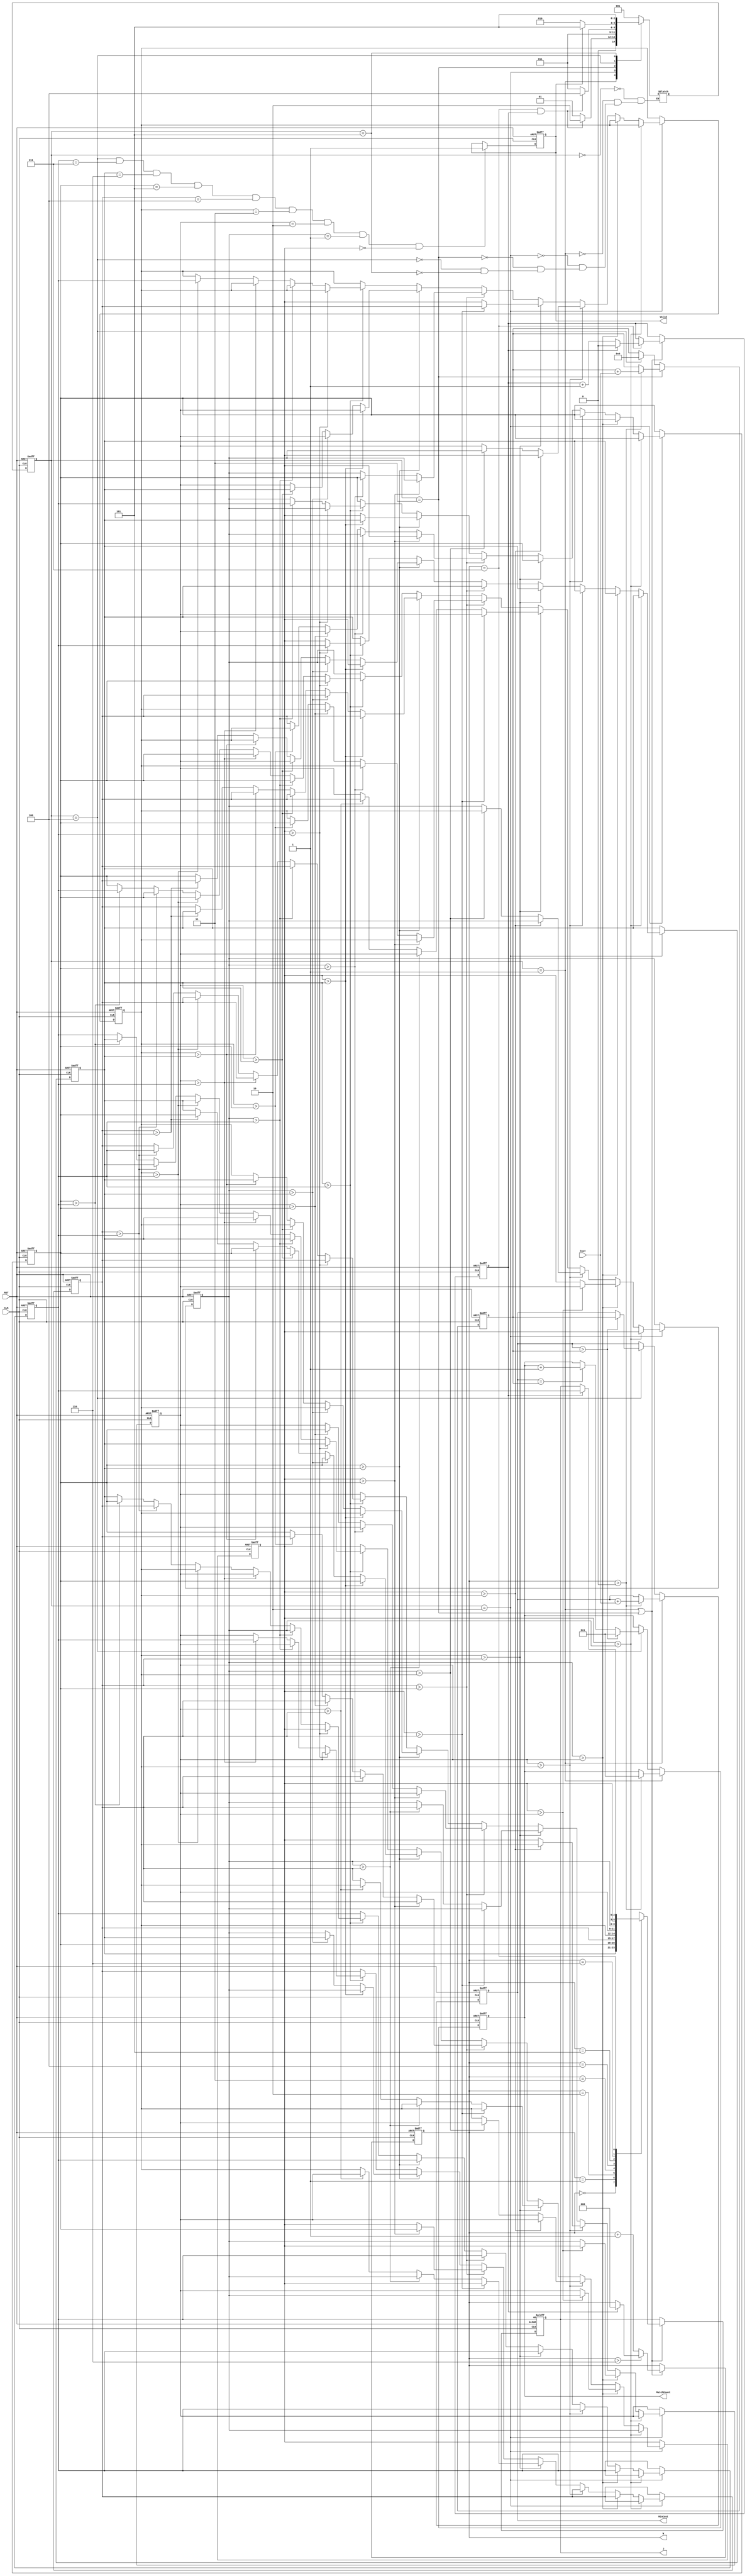
module JAM (CLK, RST, W, J, Cost, MatchCount, MinCost, Valid);
input CLK;
input RST;
input [6:0] Cost;
output reg [2:0] W; //row
output reg [2:0] J; //column
output reg [3:0] MatchCount;
output reg [9:0] MinCost;
output reg Valid;
//====================================================================
reg[2:0] state, next_state;
parameter[2:0] IDLE = 3'b000, PASS_ADDRESS_1 = 3'b001, TRANSFORM = 3'b010, PASS_ADDRESS_2 = 3'b011, COMPARE = 3'b100, DONE = 3'b101;
reg[2:0] J_0, J_1, J_2, J_3, J_4, J_5, J_6, J_7;
reg[9:0] MinCost_1;
reg counter;
//====================================================================
//                   state                   //
always @(*)
begin
    case(state)
        IDLE :
            next_state = PASS_ADDRESS_1;

        PASS_ADDRESS_1 :
        begin
            if(W == 3'd7 && counter == 1'b1)
                next_state = TRANSFORM;
            else
                next_state = PASS_ADDRESS_1;
        end

        TRANSFORM :
            next_state = PASS_ADDRESS_2;

        PASS_ADDRESS_2 :
        begin
            if(W == 3'd7 && counter == 1'b1)
                next_state = COMPARE;
            else
                next_state = PASS_ADDRESS_2;
        end

        COMPARE :
        begin
            if(Valid)
                next_state = DONE;
            else
                next_state = TRANSFORM;
        end

        DONE :
            next_state = DONE;
    endcase
end

//           TRANSFORM           //
always @(posedge CLK or posedge RST)
begin
    if(RST)
    begin
        J_0 <= 3'd0;
        J_1 <= 3'd1;
        J_2 <= 3'd2;
        J_3 <= 3'd3;
        J_4 <= 3'd4;
        J_5 <= 3'd5;
        J_6 <= 3'd6;
        J_7 <= 3'd7;
    end
    else if(state == TRANSFORM)
    begin
        if(J_7 > J_6)
        begin
            J_7 <= J_6;
            J_6 <= J_7;
        end
        else if(J_6 > J_5)
        begin
            if(J_7 > J_5)
            begin
                J_5 <= J_7;
                J_6 <= J_5;
                J_7 <= J_6;
            end
            else
            begin
                J_5 <= J_6;
                J_6 <= J_7;
                J_7 <= J_5;
            end
        end
        else if(J_5 > J_4)
        begin
            if(J_7 > J_4)
            begin
                J_4 <= J_7;
                J_5 <= J_4;
                J_6 <= J_6;
                J_7 <= J_5;
            end
            else if(J_6 > J_4)
            begin
                J_4 <= J_6;
                J_5 <= J_7;
                J_6 <= J_4;
                J_7 <= J_5;
            end
            else
            begin
                J_4 <= J_5;
                J_5 <= J_7;
                J_6 <= J_6;
                J_7 <= J_4;
            end
        end
        else if(J_4 > J_3)
        begin
            if(J_7 > J_3)
            begin
                J_3 <= J_7;
                J_4 <= J_3;
                J_5 <= J_6;
                J_6 <= J_5;
                J_7 <= J_4;
            end
            else if(J_6 > J_3)
            begin
                J_3 <= J_6;
                J_4 <= J_7;
                J_5 <= J_3;
                J_6 <= J_5;
                J_7 <= J_4;
            end
            else if(J_5 > J_3)
            begin
                J_3 <= J_5;
                J_4 <= J_7;
                J_5 <= J_6;
                J_6 <= J_3;
                J_7 <= J_4;
            end
            else
            begin
                J_3 <= J_4;
                J_4 <= J_7;
                J_5 <= J_6;
                J_6 <= J_5;
                J_7 <= J_3;
            end
        end
        else if(J_3 > J_2)
        begin
            if(J_7 > J_2)
            begin
                J_2 <= J_7;
                J_3 <= J_2;
                J_4 <= J_6;
                J_5 <= J_5;
                J_6 <= J_4;
                J_7 <= J_3;
            end
            else if(J_6 > J_2)
            begin
                J_2 <= J_6;
                J_3 <= J_7;
                J_4 <= J_2;
                J_5 <= J_5;
                J_6 <= J_4;
                J_7 <= J_3;
            end
            else if(J_5 > J_2)
            begin
                J_2 <= J_5;
                J_3 <= J_7;
                J_4 <= J_6;
                J_5 <= J_2;
                J_6 <= J_4;
                J_7 <= J_3;
            end
            else if(J_4 > J_2)
            begin
                J_2 <= J_4;
                J_3 <= J_7;
                J_4 <= J_6;
                J_5 <= J_5;
                J_6 <= J_2;
                J_7 <= J_3;
            end
            else
            begin
                J_2 <= J_3;
                J_3 <= J_7;
                J_4 <= J_6;
                J_5 <= J_5;
                J_6 <= J_4;
                J_7 <= J_2;
            end
        end
        else if(J_2 > J_1)
        begin
            if(J_7 > J_1)
            begin
                J_1 <= J_7;
                J_2 <= J_1;
                J_3 <= J_6;
                J_4 <= J_5;
                J_5 <= J_4;
                J_6 <= J_3;
                J_7 <= J_2;
            end
            else if(J_6 > J_1)
            begin
                J_1 <= J_6;
                J_2 <= J_7;
                J_3 <= J_1;
                J_4 <= J_5;
                J_5 <= J_4;
                J_6 <= J_3;
                J_7 <= J_2;
            end
            else if(J_5 > J_1)
            begin
                J_1 <= J_5;
                J_2 <= J_7;
                J_3 <= J_6;
                J_4 <= J_1;
                J_5 <= J_4;
                J_6 <= J_3;
                J_7 <= J_2;
            end
            else if(J_4 > J_1)
            begin
                J_1 <= J_4;
                J_2 <= J_7;
                J_3 <= J_6;
                J_4 <= J_5;
                J_5 <= J_1;
                J_6 <= J_3;
                J_7 <= J_2;
            end
            else if(J_3 > J_1)
            begin
                J_1 <= J_3;
                J_2 <= J_7;
                J_3 <= J_6;
                J_4 <= J_5;
                J_5 <= J_4;
                J_6 <= J_1;
                J_7 <= J_2;
            end
            else
            begin
                J_1 <= J_2;
                J_2 <= J_7;
                J_3 <= J_6;
                J_4 <= J_5;
                J_5 <= J_4;
                J_6 <= J_3;
                J_7 <= J_1;
            end
        end
        else if(J_1 > J_0)
        begin
            if(J_7 > J_0)
            begin
                J_0 <= J_7;
                J_1 <= J_0;
                J_2 <= J_6;
                J_3 <= J_5;
                J_4 <= J_4;
                J_5 <= J_3;
                J_6 <= J_2;
                J_7 <= J_1;
            end
            else if(J_6 > J_0)
            begin
                J_0 <= J_6;
                J_1 <= J_7;
                J_2 <= J_0;
                J_3 <= J_5;
                J_4 <= J_4;
                J_5 <= J_3;
                J_6 <= J_2;
                J_7 <= J_1;
            end
            else if(J_5 > J_0)
            begin
                J_0 <= J_5;
                J_1 <= J_7;
                J_2 <= J_6;
                J_3 <= J_0;
                J_4 <= J_4;
                J_5 <= J_3;
                J_6 <= J_2;
                J_7 <= J_1;
            end
            else if(J_4 > J_0)
            begin
                J_0 <= J_4;
                J_1 <= J_7;
                J_2 <= J_6;
                J_3 <= J_5;
                J_4 <= J_0;
                J_5 <= J_3;
                J_6 <= J_2;
                J_7 <= J_1;
            end
            else if(J_3 > J_0)
            begin
                J_0 <= J_3;
                J_1 <= J_7;
                J_2 <= J_6;
                J_3 <= J_5;
                J_4 <= J_4;
                J_5 <= J_0;
                J_6 <= J_2;
                J_7 <= J_1;
            end
            else if(J_2 > J_0)
            begin
                J_0 <= J_2;
                J_1 <= J_7;
                J_2 <= J_6;
                J_3 <= J_5;
                J_4 <= J_4;
                J_5 <= J_3;
                J_6 <= J_0;
                J_7 <= J_1;
            end
            else
            begin
                J_0 <= J_1;
                J_1 <= J_7;
                J_2 <= J_6;
                J_3 <= J_5;
                J_4 <= J_4;
                J_5 <= J_3;
                J_6 <= J_2;
                J_7 <= J_0;
            end
        end
        else
        begin
            J_7 <= J_7;
            J_6 <= J_6;
            J_5 <= J_5;
            J_4 <= J_4;
            J_3 <= J_3;
            J_2 <= J_2;
            J_1 <= J_1;
            J_0 <= J_0;
        end

    end
end

//                 counter                 //
always @(posedge CLK or posedge RST)
begin
    if(RST)
        counter <= 1'b0;
    else if(state == PASS_ADDRESS_1 || state == PASS_ADDRESS_2)
    begin
        if(W == 3'd7)
            if(counter)
                counter <= 1'b0;
            else
                counter <= counter + 1'b1;
    end
    else
        counter <= counter;
end
//              PASS_ADDRESS W              //
always @(posedge CLK or posedge RST)
begin
    if(RST)
        W <= 3'd0;
    else if(state == PASS_ADDRESS_1 || state == PASS_ADDRESS_2)
    begin
        if(W > 3'd6)
        begin
            if(counter)
                W <= 3'd0;
            else
                W <= W;
        end
        else
            W <= W + 3'd1;
    end
    else
        W <= W;
end

//              PASS_ADDRESS J              //
always @(posedge CLK or posedge RST)
begin
    if(RST)
        J <= J_0;
    else if(state == PASS_ADDRESS_1 || state == PASS_ADDRESS_2)
    begin
        case(W)
            3'd0 :
                J <= J_1;

            3'd1 :
                J <= J_2;

            3'd2 :
                J <= J_3;

            3'd3 :
                J <= J_4;

            3'd4 :
                J <= J_5;

            3'd5 :
                J <= J_6;

            3'd6 :
                J <= J_7;

            3'd7 :
            begin
                if(counter)
                    J <= J_0;
                else
                    J <= J;
            end

        endcase
    end
    else
        J <= J;
end

//           PASS_ADDRESS MinCost && MatchCount      //
always @(posedge CLK or posedge RST)
begin
    if(RST)
    begin
        MinCost <= 10'd0;
        MatchCount <= 4'd0;
    end
    else if(state == PASS_ADDRESS_1)
    begin
        if(W > 3'd0)
        begin
            MinCost <= MinCost + Cost;
            MatchCount <= 4'd1;
        end
        else
        begin
            MinCost <= MinCost;
            MatchCount <= MatchCount;
        end
    end
    else if(state == COMPARE)
    begin
        if(MinCost > MinCost_1)
        begin
            MinCost <= MinCost_1;
            MatchCount <= 4'd1;
        end
        else if(MinCost == MinCost_1)
        begin
            MinCost <= MinCost;
            MatchCount <= MatchCount + 4'd1;
        end
        else
        begin
            MinCost <= MinCost;
            MatchCount <= MatchCount;
        end
    end
    else
    begin
        MinCost <= MinCost;
        MatchCount <= MatchCount;
    end
end

//           PASS_ADDRESS MinCost_1      //
always @(posedge CLK or posedge RST)
begin
    if(RST)
        MinCost_1 <= 10'd0;
    else if(state == PASS_ADDRESS_2)
    begin
        if(W > 3'd0)
            MinCost_1 <= MinCost_1 + Cost;
        else
            MinCost_1 <= MinCost_1;
    end
    else if(state == COMPARE)
        MinCost_1 <= 10'd0;
    else
        MinCost_1 <= MinCost_1;
end

//                 Valid                 //
always @(posedge CLK or posedge RST)
begin
    if(RST)
        Valid <= 1'd0;
    else if(state == COMPARE && J_0 == 3'd7 && J_1 == 3'd6 && J_2 == 3'd5 && J_3 == 3'd4 && J_4 == 3'd3 && J_5 == 3'd2 && J_6 == 3'd1 && J_7 == 3'd0)
        Valid <= 1'd1;
    else
        Valid <= Valid;
end

//              state               //
always @(posedge CLK or posedge RST)
begin
    if(RST)
        state <= IDLE;
    else
        state <= next_state;
end

endmodule